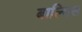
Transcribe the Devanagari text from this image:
बाल्मिस